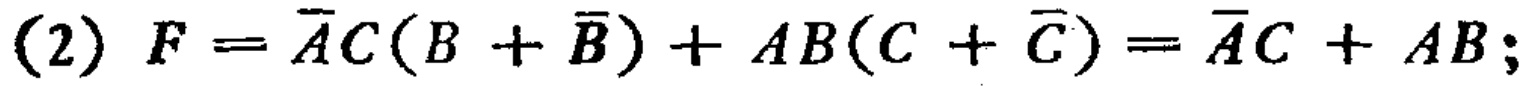
(2) \(F = \overline{A}C(B + \overline{B}) + AB(C + \overline{C}) = \overline{A}C + AB;\)